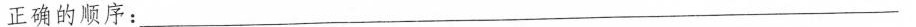
正确的顺序：___